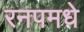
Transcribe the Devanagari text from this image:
रनपमधे